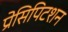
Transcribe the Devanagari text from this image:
प्रेसिपिटशन